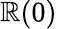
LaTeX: \mathbb{R}(0)